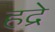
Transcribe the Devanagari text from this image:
हद्रे